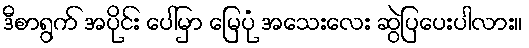
ဒီစာရွက် အပိုင်း ပေါ်မှာ မြေပုံ အသေးလေး ဆွဲပြပေးပါလား။